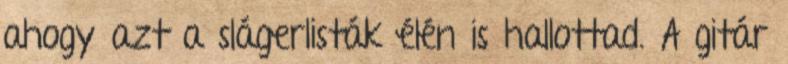
ahogy azt a slágerlisták élén is hallottad. A gitár